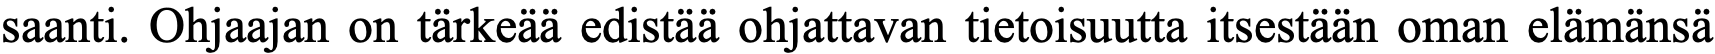
saanti. Ohjaajan on tärkeää edistää ohjattavan tietoisuutta itsestään oman elämänsä